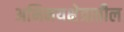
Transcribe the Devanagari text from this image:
अभिनयक्षेत्रातील